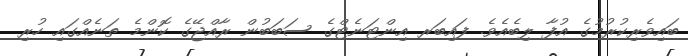
ބައިވެރިކުރުމުގެ އުފާ ލިބެއެވެ. ފައިބަރ އިންޓަނެޓްގެ ސަބަބުން ރާއްޖޭގެ ކޮންމެ ތަނެއްގައި ހުރި